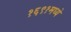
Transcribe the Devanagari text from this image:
१६९१मध्ये